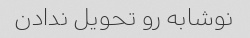
نوشابه رو تحویل ندادن